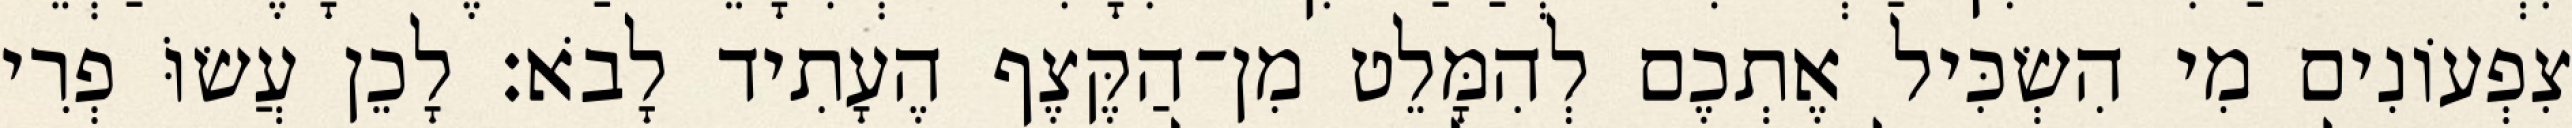
צִפְעוֹנִים מִי הִשְׂכִּיל אֶתְכֶם לְהִמָּלֵט מִן־הַקֶּצֶף הֶעָתִיד לָבֹא׃ לָכֵן עֲשׂוֹּ פְרִי